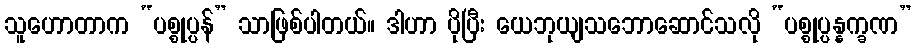
သူဟောတာက “ပစ္စုပ္ပန်” သာဖြစ်ပါတယ်။ ဒါဟာ ပိုပြီး ယေဘုယျသဘောဆောင်သလို “ပစ္စုပ္ပန္နက္ခဏ”